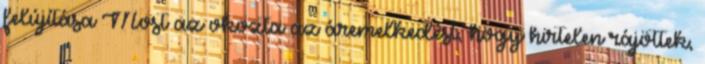
felújítása Most az okozta az áremelkedést, hogy hirtelen rájöttek,